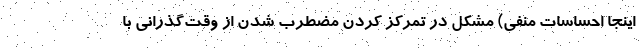
اینجا احساسات منفی) مشکل در تمرکز کردن مضطرب شدن از وقت‌گذرانی با